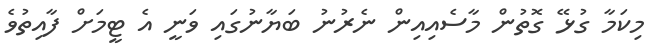
މިކަމާ ގުޅޭ ގޮތުން މާސެއިއިން ނެރުނު ބަޔާނުގައި ވަނީ އެ ޓީމަށް ފާއިތުވެ